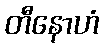
တီနောဟံ